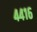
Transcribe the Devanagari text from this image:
४४१६